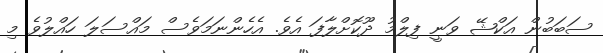
ސަބަބުން އަކްޝޭ ވަނީ ފިލްމު ދޫކޮށްލާފަ އެވެ. އެހެންނަމަވެސް މައްސަލަ ހައްލުވެ މި